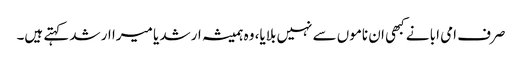
صرف امی ابا نے کبھی ان ناموں سے نہیں بلایا، وہ ہمیشہ ارشد یا میرا ارشد کہتے ہیں۔